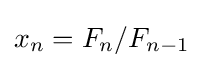
x_{n}=F_{n}/F_{n-1}